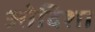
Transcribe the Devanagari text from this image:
ओदिशा